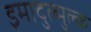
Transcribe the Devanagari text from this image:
इमादुल्मुल्क